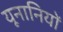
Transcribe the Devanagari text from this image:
यूनानियों